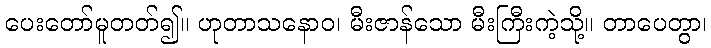
ပေးတော်မူတတ်၍။ ဟုတာသနောဝ၊ မီးဇာန်သော မီးကြီးကဲ့သို့။ တာပေတွာ၊